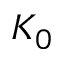
K _ { 0 }